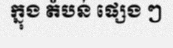
ក្នុង តំបន់ ផ្សេង ៗ